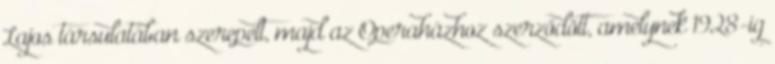
Lajos társulatában szerepelt, majd az Operaházhoz szerződött, amelynek 1928-ig